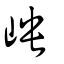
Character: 岟